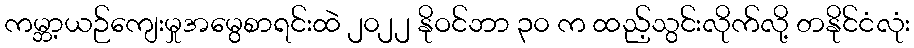
ကမ္ဘာ့ယဉ်ကျေးမှုအမွေစာရင်းထဲ ၂၀၂၂ နိုဝင်ဘာ ၃၀ က ထည့်သွင်းလိုက်လို့ တနိုင်ငံလုံး